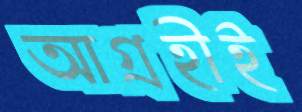
আগ্রহীই